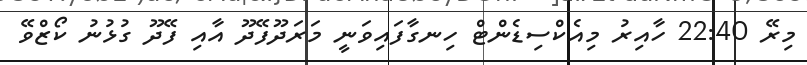
މިރޭ 22:40 ހާއިރު މިއެކްސިޑެންޓް ހިނގާފައިވަނީ މަރަދޫފޭދޫ އާއި ފޭދޫ ގުޅުނު ކޯޒްވޭ